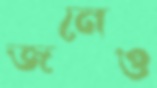
জনেও